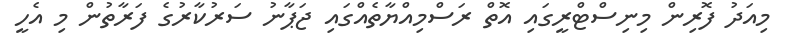
މިއަދު ފޮރިން މިނިސްޓްރީގައި އޮތް ރަސްމިއްޔާތެއްގައި ޖަޕާނު ސަރުކާރުގެ ފަރާތުން މި އެހީ